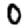
Digit: 0